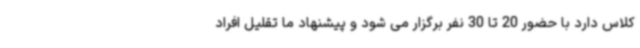
کلاس دارد با حضور 20 تا 30 نفر برگزار می شود و پیشنهاد ما تقلیل افراد